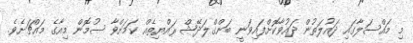
މި މައްސަލާގައި ދައުލަތުން ދައުވާކޮށްފައިވަނީ ބަންގްލަދޭޝް ރައްޔިތެއް ކަމަށްވާ ސުމޮން މިއާގެ މައްޗަށެވެ.